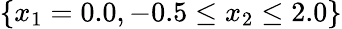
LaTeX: \{ x_{1}=0.0,-0.5\leq x_{2}\leq 2.0\}